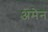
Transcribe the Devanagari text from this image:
अमेन